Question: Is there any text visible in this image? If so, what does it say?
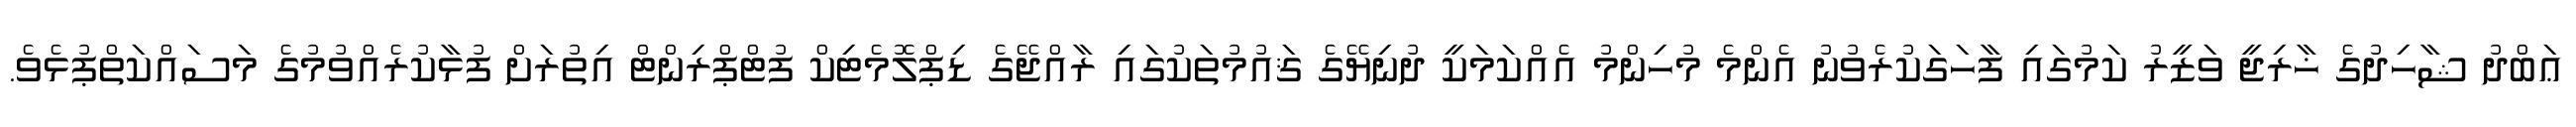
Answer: ޢަބްދު ޝާހިދުގެ ޚާރިޖީ ވަޒީރު ކަމުގައި ފާހަގަކުރެވުނު އެންމެ މުހިންމު އެއްކަމަކީ ދުނިޔޭގެ ޤައުމުތަކުގައި ރާއްޖޭގެ ޑިޕްލޮމެޓިކް ފުޓްޕްރިންޓް އިތުރަށް ފުޅާކުރެއްވުމުގެ މަސައްކަތްޕުޅެވެ.